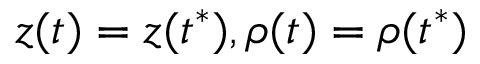
z ( t ) = z ( t ^ { * } ) , \rho ( t ) = \rho ( t ^ { * } )